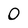
Character: 0